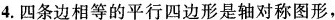
4.四条边相等的平行四边形是轴对称图形，